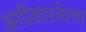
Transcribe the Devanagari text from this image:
अंगीकारलेल्या